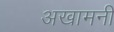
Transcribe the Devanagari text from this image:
अखामनी